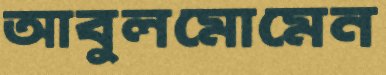
আবুলমোমেন